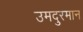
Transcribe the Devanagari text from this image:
उमदुरमान